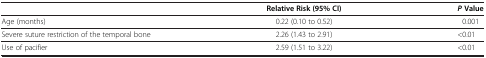
|  | Relative Risk (95% CI) | P Value |
 | --- | --- | --- |
 | Age (months) | 0.22 (0.10 to 0.52) | 0.001 |
 | Severe suture restriction of the temporal bone | 2.26 (1.43 to 2.91) | <0.01 |
 | Use of pacifier | 2.59 (1.51 to 3.22) | <0.01 |